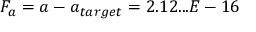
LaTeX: F _ { a } = a - a _ { t a r g e t } = 2 . 1 2 . . . E - 1 6